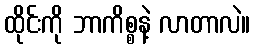
ထိုင်းကို ဘာကိစ္စနဲ့ လာတာလဲ။